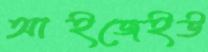
আইজেইউ